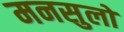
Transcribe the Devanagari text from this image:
मनसुलो